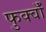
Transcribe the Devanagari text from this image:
फुर्क्वाँ